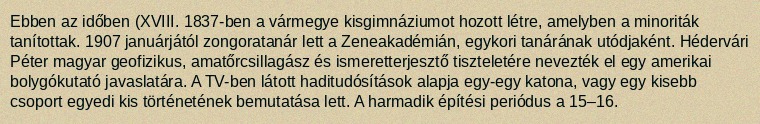
Ebben az időben (XVIII. 1837-ben a vármegye kisgimnáziumot hozott létre, amelyben a minoriták tanítottak. 1907 januárjától zongoratanár lett a Zeneakadémián, egykori tanárának utódjaként. Hédervári Péter magyar geofizikus, amatőrcsillagász és ismeretterjesztő tiszteletére nevezték el egy amerikai bolygókutató javaslatára. A TV-ben látott haditudósítások alapja egy-egy katona, vagy egy kisebb csoport egyedi kis történetének bemutatása lett. A harmadik építési periódus a 15–16.